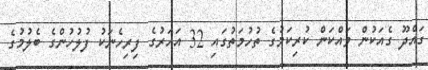
ގައްދޫ ގެއަކުން ވައްކަން ކުރިކަމުގެ ތުހުމަތުގައި 32 އަހަރުގެ ފިރިހެނަކު ފުލުހުންގެ ބެލުމުގެ